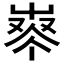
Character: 𰎈